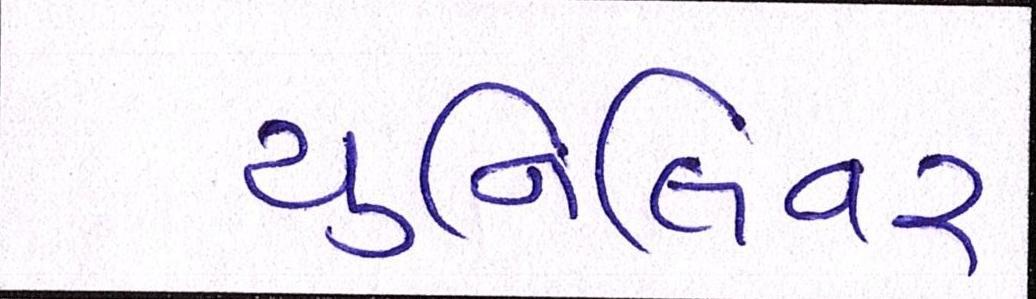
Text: યુનિલિવર